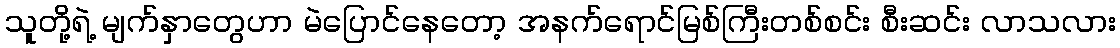
သူတို့ရဲ့ မျက်နှာတွေဟာ မဲပြောင်နေတော့ အနက်ရောင်မြစ်ကြီးတစ်စင်း စီးဆင်း လာသလား